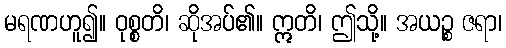
မရဏဟူ၍။ ဝုစ္စတိ၊ ဆိုအပ်၏။ ဣတိ၊ ဤသို့။ အယဉ္စ ဇရာ၊